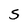
Character: S